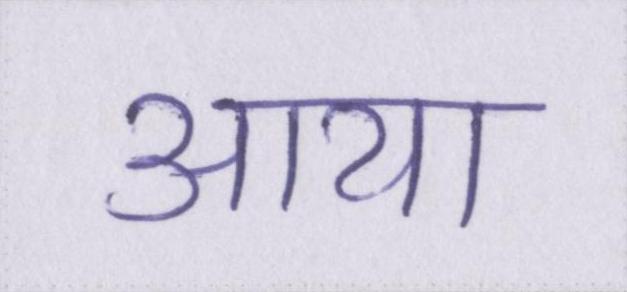
आया